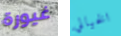
غيورة الخيالي